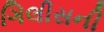
ગિલીસની